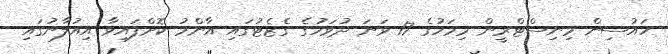
ހައުސިން މިނިސްޓްރީން މިމަހުގެ 17 ވަނަ ދުވަހުގެ ގެޒެޓުގައި އާންމު ކޮށްފައިވާ އިއުލާނުގައި